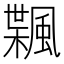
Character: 𱃇